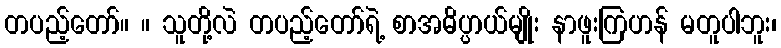
တပည့်တော်။ ။ သူတို့လဲ တပည့်တော်ရဲ့ စာအဓိပ္ပာယ်မျိုး နာဖူးကြဟန် မတူပါဘူး၊